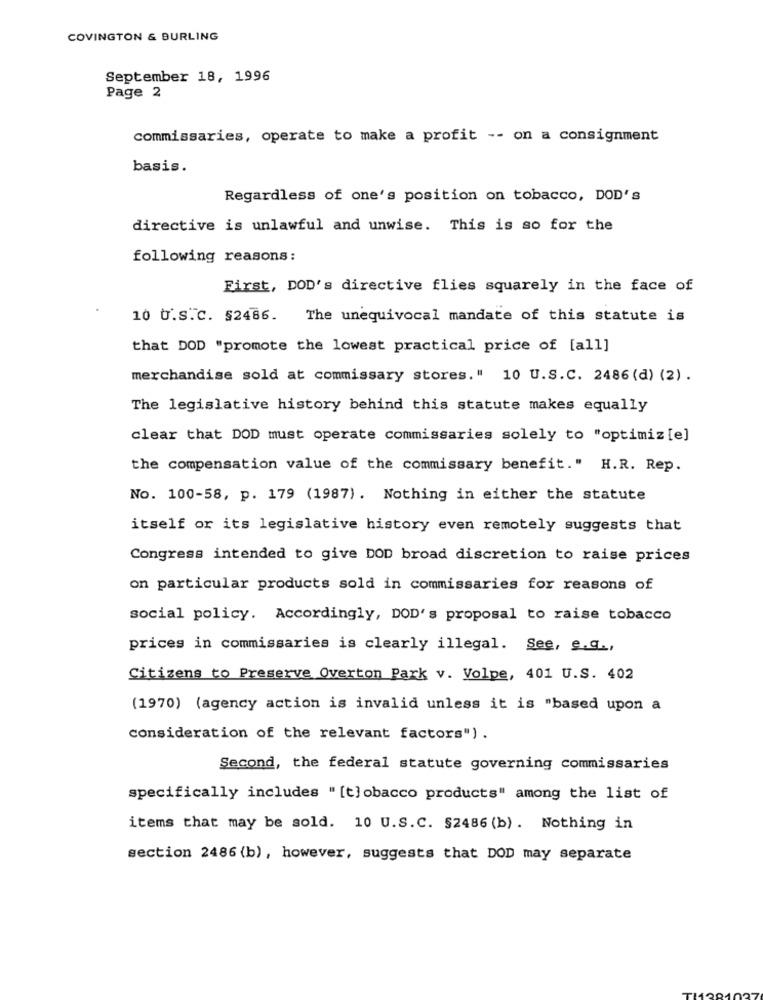
COVINGTON & BURLING
September 18, 1996
Page 2
commissaries, operate to make a profit -- on a consignment
basis.
Regardless of one's position on tobacco, DOD's
directive is unlawful and unwise. This is so for the
following reasons:
First, DOD's directive flies squarely in the face of
10 U.s.C. §2486.
The unequivocal mandate of this statute is
that DOD "promote the lowest practical price of [all]
merchandise sold at commissary stores." 10 U.S.C. 2486 (d) (2) .
The legislative history behind this statute makes equally
clear that DOD must operate commissaries solely to "optimiz [e]
the compensation value of the commissary benefit." H.R. Rep.
No. 100-58, p. 179 (1987). Nothing in either the statute
itself or its legislative history even remotely suggests that
Congress intended to give DOD broad discretion to raise prices
on particular products sold in commissaries for reasons of
social policy. Accordingly, DOD's proposal to raise tobacco
prices in commissaries is clearly illegal. See, e.g .,
Citizens to Preserve Overton Park v. Volpe, 401 U.S. 402
(1970) (agency action is invalid unless it is "based upon a
consideration of the relevant factors") .
Second, the federal statute governing commissaries
specifically includes " [t] obacco products" among the list of
items that may be sold. 10 U.S.C. $2486 (b) . Nothing in
section 2486 (b), however, suggests that DOD may separate